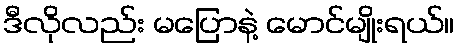
ဒီလိုလည်း မပြောနဲ့ မောင်မျိုးရယ်။